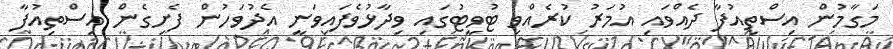
މަގާމުން އިސްތިއުފާ ދެއްވައި އުމަރު ކުރެއްވި ޓުވީޓުގައި ވިދާޅުވެފައިވަނީ އެދުވަހުން ފެށިގެން އިސްތިއުފާ